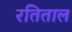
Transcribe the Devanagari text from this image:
रतिताल